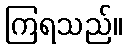
ကြရသည်။